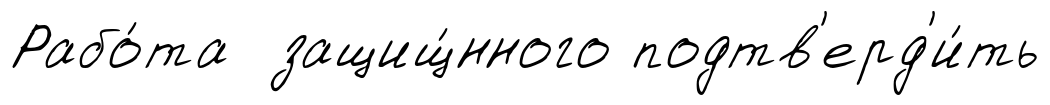
Рабо́та защищ́нного подтв'ерд'и́ть